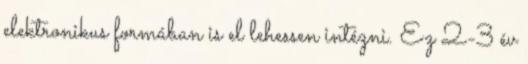
elektronikus formában is el lehessen intézni. Ez 2-3 év